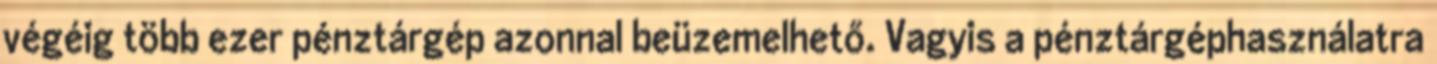
végéig több ezer pénztárgép azonnal beüzemelhető. Vagyis a pénztárgéphasználatra